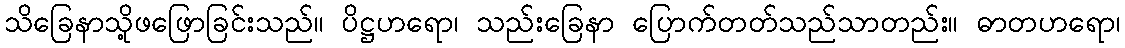
သိခြေနာသို့ဖဖြောခြင်းသည်။ ပိဋ္ဌဟရော၊ သည်းခြေနာ ပြောက်တတ်သည်သာတည်း။ ဓာတဟရော၊